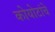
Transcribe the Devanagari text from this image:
कोयोटांचे